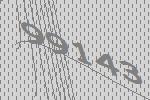
99143